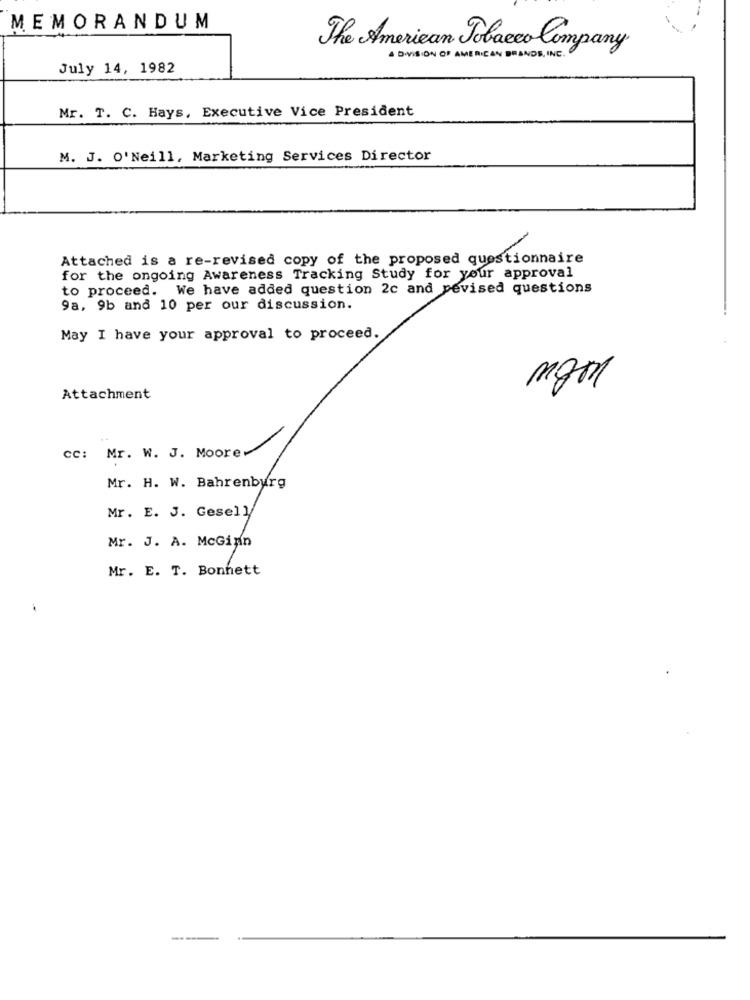
MEMORANDUM
The American Tobacco Company.
. DIVISION OF AMERICAN BRANDS INC .
July 14, 1982
Mr. T. C. Hays, Executive Vice President
M. J. O'Neill, Marketing Services Director
Attached is a re-revised copy of the proposed questionnaire
for the ongoing Awareness Tracking Study for your approval
to proceed. We have added question 2c and pevised questions
9a, 9b and 10 per our discussion.
May I have your approval to proceed.
mgm
Attachment
CC: Mr. W. J. Moore
Mr. H. W. Bahrenburg
Mr. E. J. Gesell
Mr. J. A. McGinn
Mr. E. T. Bonnett
---